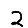
Digit: 2